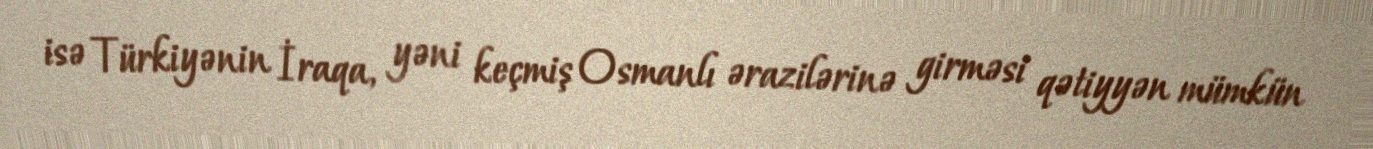
isə Türkiyənin İraqa, yəni keçmiş Osmanlı ərazilərinə girməsi qətiyyən mümkün